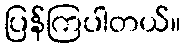
ပြန်ကြပါတယ်။